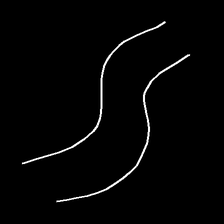
Glyph: float